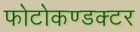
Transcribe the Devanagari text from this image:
फोटोकण्डक्टर